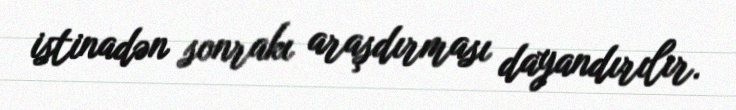
istinadən sonrakı araşdırması dayandırılır.